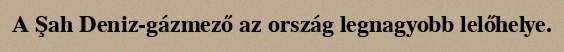
A Şah Deniz-gázmező az ország legnagyobb lelőhelye.